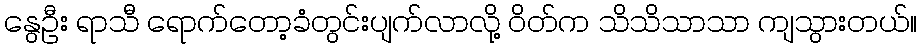
နွေဦး ရာသီ ရောက်တော့ခံတွင်းပျက်လာလို့ ဝိတ်က သိသိသာသာ ကျသွားတယ်။